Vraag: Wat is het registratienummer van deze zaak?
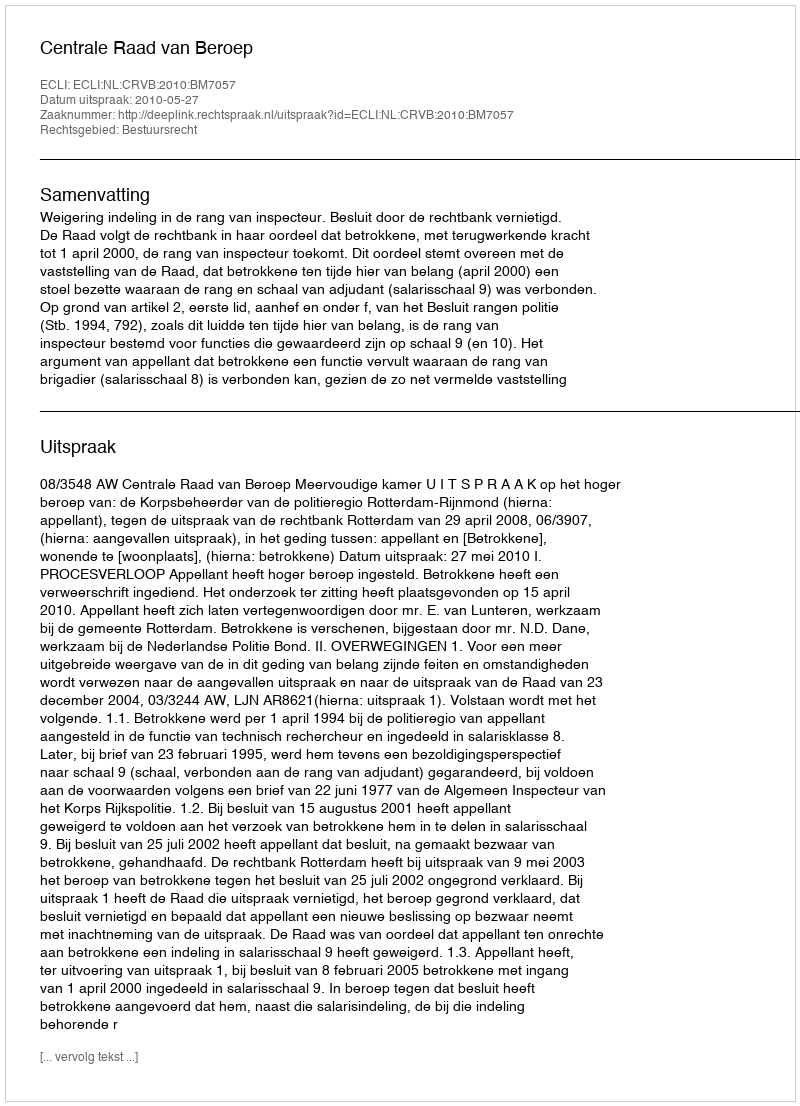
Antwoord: http://deeplink.rechtspraak.nl/uitspraak?id=ECLI:NL:CRVB:2010:BM7057